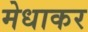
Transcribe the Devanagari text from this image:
मेधाकर